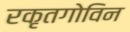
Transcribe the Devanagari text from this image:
रकृतगोविन